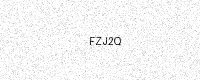
Text: FZJ2Q